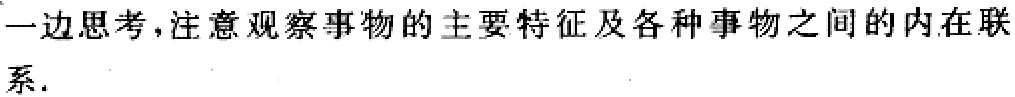
一边思考，注意观察事物的主要特征及各种事物之间的内在联

系.